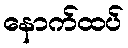
နောက်ထပ်